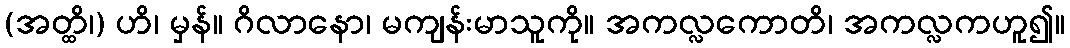
(အတ္ထိ၊) ဟိ၊ မှန်။ ဂိလာနော၊ မကျန်းမာသူကို။ အကလ္လကောတိ၊ အကလ္လကဟူ၍။